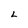
Character: L